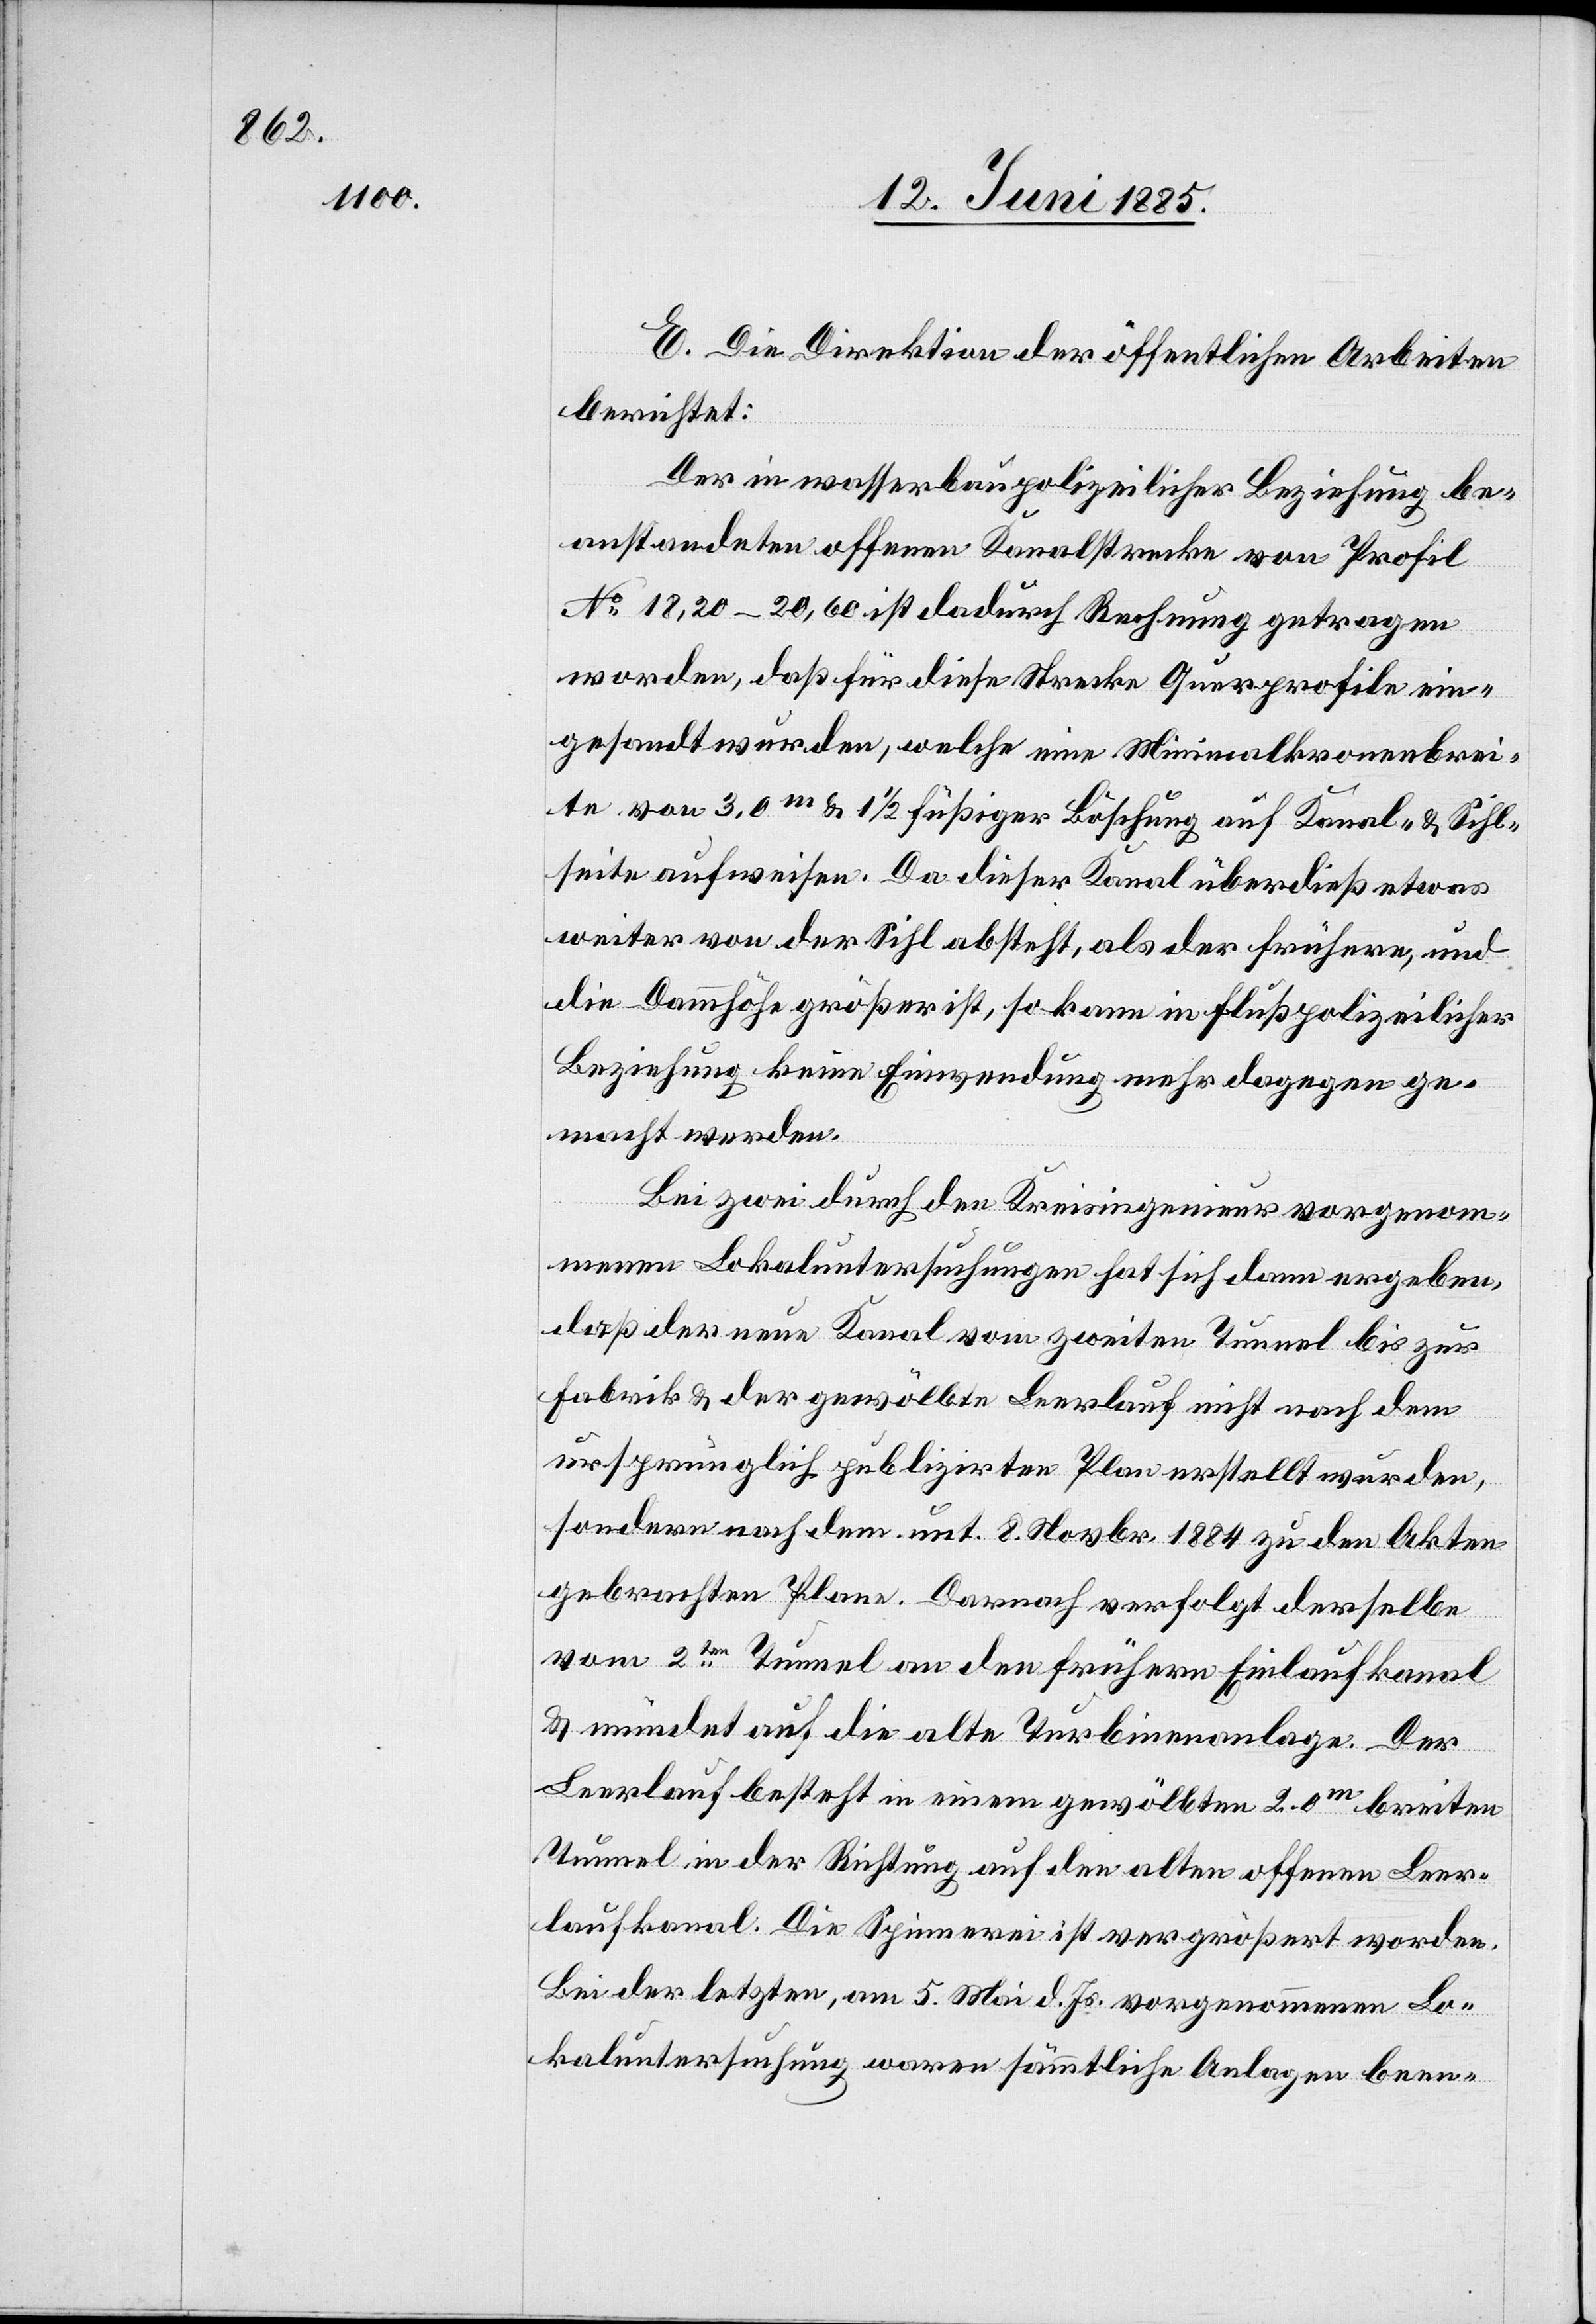
E. Die Direktion der öffentlichen Arbeiten
berichtet:
Der in wasserbaupolizeilicher Beziehung be¬
anstandeten offenen Kanalstrecke von Profil
No 18,20–20,60 ist dadurch Rechnung getragen
worden, daß für diese Strecke Querprofile ein¬
gesandt wurden, welche eine Minimalkronenbrei¬
te von 3,0 m & 1 1/2füßiger Böschung auf Kanal- & Sihl¬
seite aufweisen. Da dieser Kanal überdieß etwas
weiter von der Sihl absteht, als der frühere, und
die Dammhöhe größer ist, so kann in flußpolizeilicher
Beziehung keine Einwendung mehr dagegen ge¬
macht werden.
Bei zwei durch den Kreisingenieur vorgenom¬
menen Lokaluntersuchungen hat sich dann ergeben,
daß der neue Kanal vom zweiten Tunnel bis zur
Fabrik & der gewölbte Leerlauf nicht nach dem
ursprünglich publizirten Plan erstellt wurden,
sondern nach dem unt. 8. November 1884 zu den Akten
gebrachten Plane. Darnach verfolgt derselbe
vom 2ten Tunnel an den frühern Einlaufkanal
& mündet auf die alte Turbinenanlage. Der
Leerlauf besteht in einem gewölbten 2.0 m breiten
Tunnel in der Richtung auf den alten offenen Leer¬
laufkanal. Die Spinnerei ist vergrößert worden.
Bei der letzten, am 5. Mai d. Js. vorgenommenen Lo¬
kaluntersuchung waren sämmtliche Anlagen been-